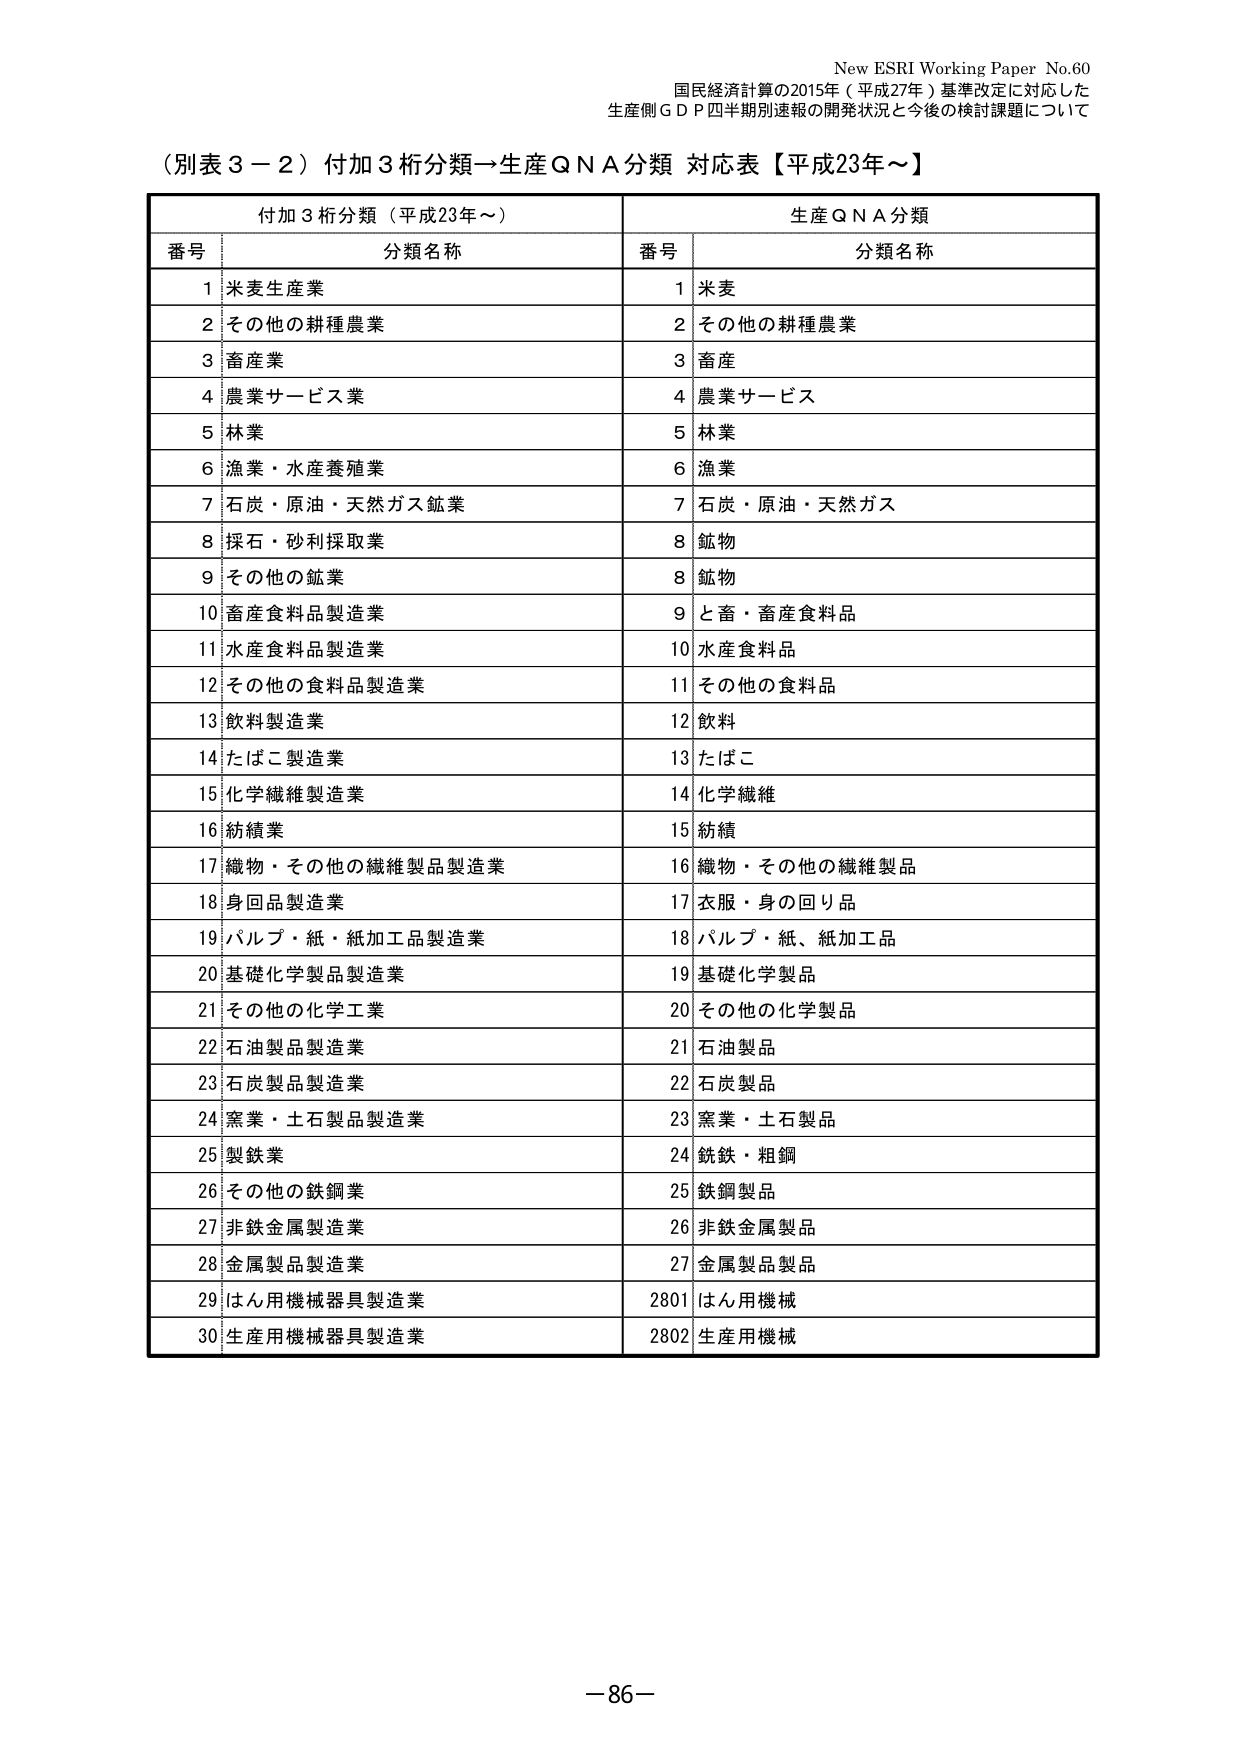
New ESRI Working Paper No.60
国民経済計算の2015年（平成27年）基準改定に対応した
生産側ＧＤＰ四半期別速報の開発状況と今後の検討課題について

（別表３－２）付加３析分類→生産ＱＮＡ分類 対応表【平成23年～】

付加３析分類（平成23年～）　　　　　　　　　生産ＱＮＡ分類
番号　分類名称　　　　　　　　　　　　　　　番号　分類名称
1　米麦生産業　　　　　　　　　　　　　　　1　米麦
2　その他の耕種農業　　　　　　　　　　　　2　その他の耕種農業
3　畜産業　　　　　　　　　　　　　　　　　3　畜産
4　農業サービス業　　　　　　　　　　　　　4　農業サービス
5　林業　　　　　　　　　　　　　　　　　　5　林業
6　漁業・水産養殖業　　　　　　　　　　　　6　漁業
7　石炭・原油・天然ガス鉱業　　　　　　　　7　石炭・原油・天然ガス
8　採石・砂利採取業　　　　　　　　　　　　8　鉱物
9　その他の鉱業　　　　　　　　　　　　　　8　鉱物
10　畜産食料品製造業　　　　　　　　　　　　9　と畜・畜産食料品
11　水産食料品製造業　　　　　　　　　　　　10　水産食料品
12　その他の食料品製造業　　　　　　　　　　11　その他の食料品
13　飲料製造業　　　　　　　　　　　　　　　12　飲料
14　たばこ製造業　　　　　　　　　　　　　　13　たばこ
15　化学繊維製造業　　　　　　　　　　　　　14　化学繊維
16　紡績業　　　　　　　　　　　　　　　　　15　紡績
17　織物・その他の繊維製品製造業　　　　　　16　織物・その他の繊維製品
18　身回品製造業　　　　　　　　　　　　　　17　衣服・身の回り品
19　パルプ・紙・紙加工品製造業　　　　　　　18　パルプ・紙、紙加工品
20　基礎化学製品製造業　　　　　　　　　　　19　基礎化学製品
21　その他の化学工業　　　　　　　　　　　　20　その他の化学製品
22　石油製品製造業　　　　　　　　　　　　　21　石油製品
23　石炭製品製造業　　　　　　　　　　　　　22　石炭製品
24　窯業・土石製品製造業　　　　　　　　　　23　窯業・土石製品
25　製鉄業　　　　　　　　　　　　　　　　　24　鋳鉄・粗鋼
26　その他の鉄鋼業　　　　　　　　　　　　　25　鉄鋼製品
27　非鉄金属製造業　　　　　　　　　　　　　26　非鉄金属製品
28　金属製品製造業　　　　　　　　　　　　　27　金属製品製品
29　はん用機械器具製造業　　　　　　　　　　2801　はん用機械
30　生産用機械器具製造業　　　　　　　　　　2802　生産用機械

－86－